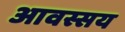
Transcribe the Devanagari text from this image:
आवस्सय